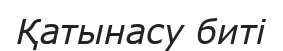
Қатынасу биті